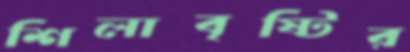
শিলাবৃষ্টির